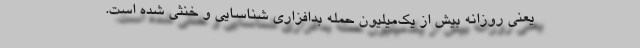
یعنی روزانه بیش از یک‌میلیون حمله بدافزاری شناسایی و خنثی شده است.